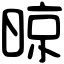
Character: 晾